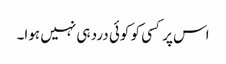
اس پر کسی کو کوئی درد ہی نہیں ہوا۔